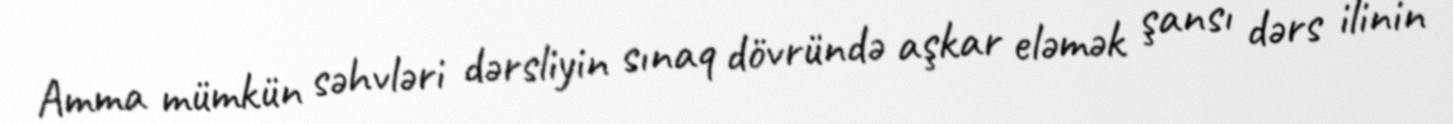
Amma mümkün səhvləri dərsliyin sınaq dövründə aşkar eləmək şansı dərs ilinin